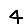
Digit: 4